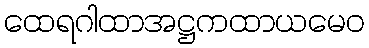
ထေရဂါထာအဋ္ဌကထာယမေဝ